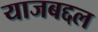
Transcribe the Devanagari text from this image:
याजबद्दल